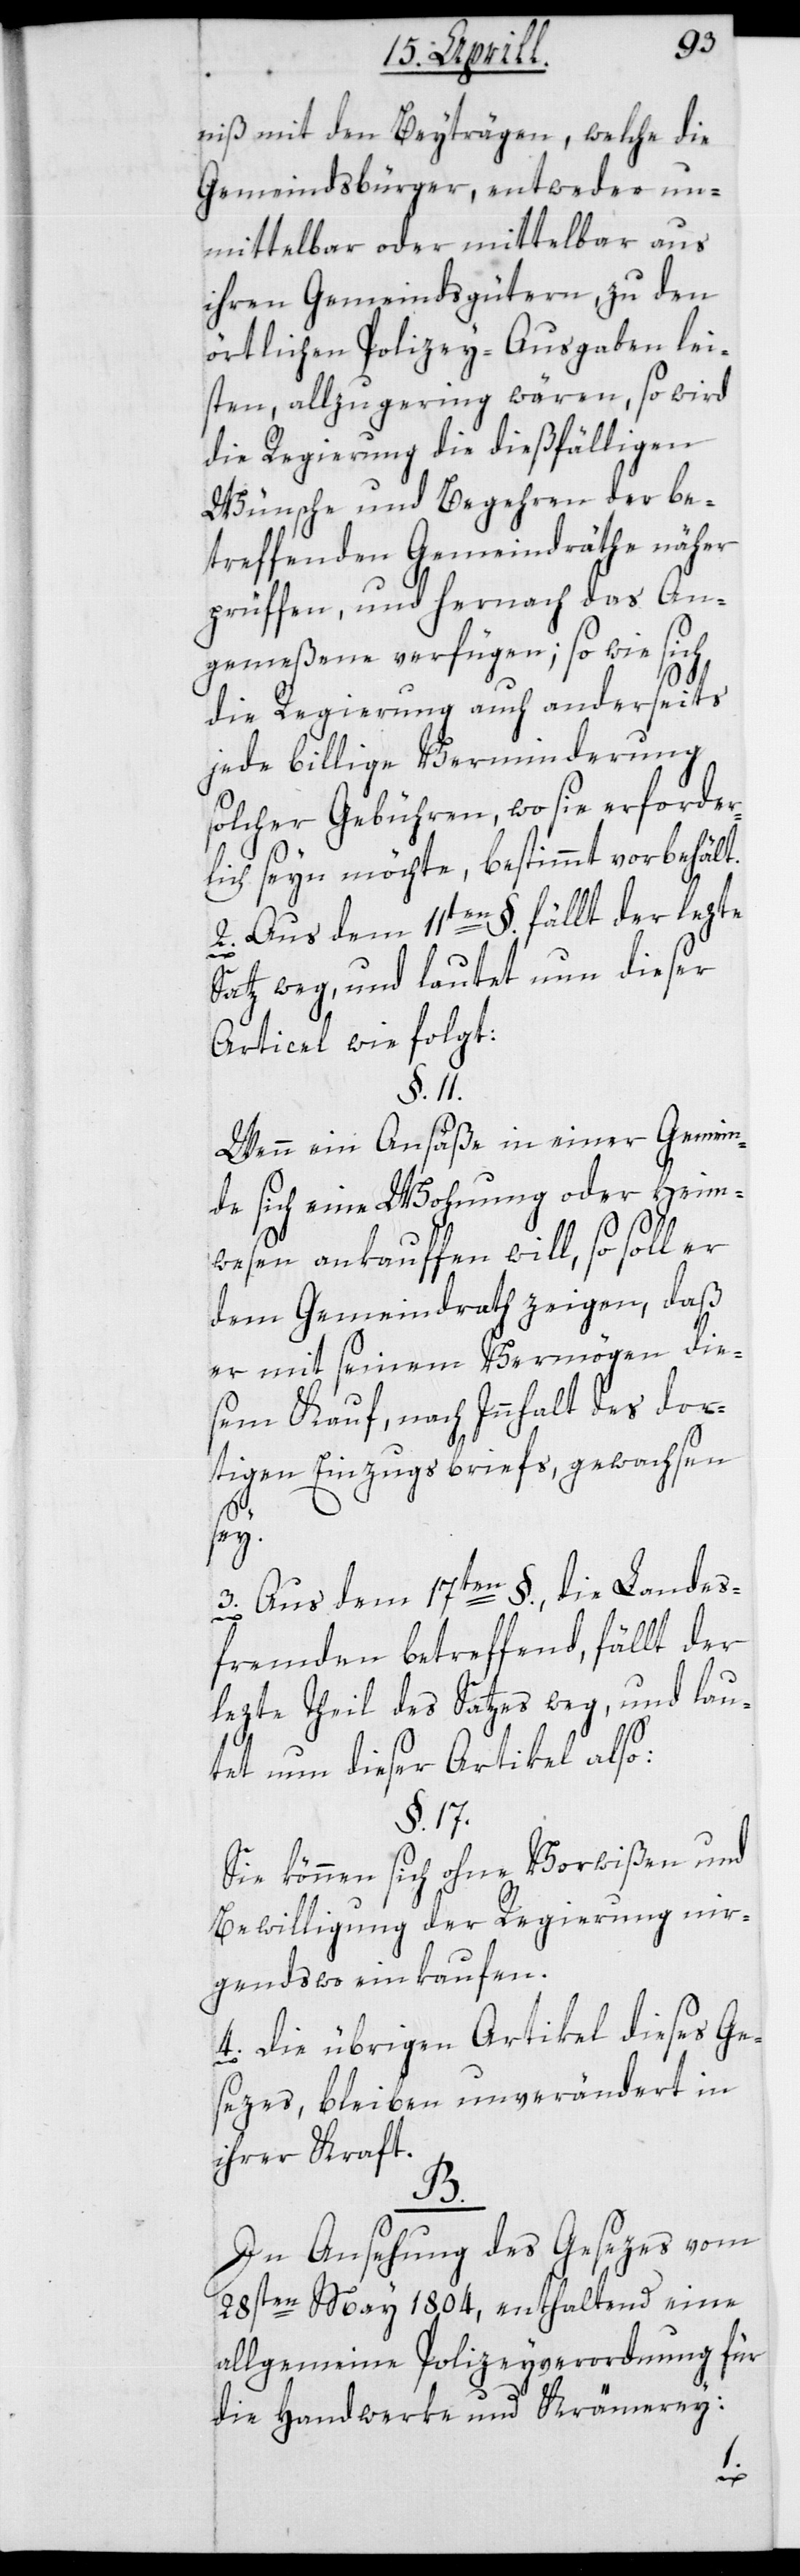
niß mit den Beyträgen, welche die
Gemeindsbürger, entweder un¬
mittelbar oder mittelbar aus
ihren Gemeindsgütern, zu den
örtlichen Polizey-Ausgaben lei¬
sten, allzu gering wären, so wird
die Regierung die dießfälligen
Wünsche und Begehren der be¬
treffenden Gemeindräthe näher
prüffen, und hernach das An¬
gemeßene verfügen; so wie sich,
die Regierung auch anderseits
jede billige Verminderung
solcher Gebühren, wo sie erforder¬
lich seyn möchte, bestimmt vorbehält.
2. Aus dem 11ten §. fällt der lezte
Satz weg, und lautet nun dieser
Articel wie folgt:
§. 11.
Wenn ein Ansäße in einer Gemein¬
de sich eine Wohnung oder Heim¬
wesen ankauffen will, so soll er
dem Gemeindrath zeigen, daß
er mit seinem Vermögen die¬
sem Kauf, nach Innhalt des dor¬
tigen Einzugsbriefs, gewachsen
sey.
3. Aus dem 17ten §., die Landes¬
fremden betreffend, fällt der
lezte Theil des Satzes weg, und lau¬
tet nun dieser Artikel also:
§. 17.
Sie können sich ohne Vorwißen und
Bewilligung der Regierung nir¬
gendswo einkaufen.
4. Die übrigen Artikel dieses Ge¬
sezes, bleiben unverändert in
ihrer Kraft.
B.
In Ansehung des Gesezes vom
28sten May 1804, enthaltend eine
allgemeine Polizeyverordnung für
die Handwerke und Krämerey: